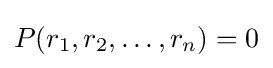
P(r_{1},r_{2},\ldots ,r_{n})=0